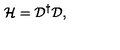
{ \mathcal H } = { \mathcal D } ^ { \dagger } { \mathcal D } ,